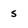
Character: 5